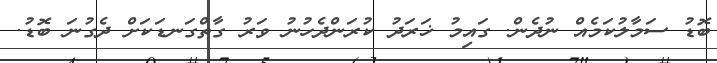
ބޮޑު ސަމާލުކަމެއް ނުދެން. ގައިމު ޚަރަދު ކުރަންދެހުނު ވަރު ގާތްގަނޑަކަށް ދެގުނަ ބޮޑު.